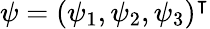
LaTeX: \psi=(\psi_{1},\psi_{2},\psi_{3})^{\intercal}